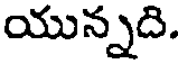
యున్నది.